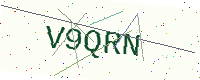
Text: V9QRN